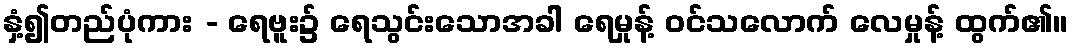
နှံ့၍တည်ပုံကား - ရေဗူး၌ ရေသွင်းသောအခါ ရေမှုန့် ဝင်သလောက် လေမှုန့် ထွက်၏။